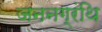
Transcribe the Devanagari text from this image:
जननग्रंथि